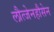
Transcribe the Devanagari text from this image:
लौत्जेनहौसेन